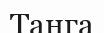
Танга